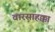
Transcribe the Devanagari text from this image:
वारसाहक्का